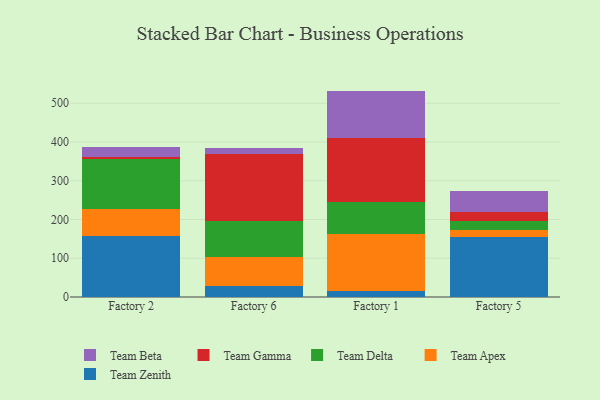
{"axis": {"x": "Factory", "y": "Tickets Resolved"}, "legend": ["Team Apex", "Team Beta", "Team Delta", "Team Gamma", "Team Zenith"], "data": [{"x": "Factory 2", "y": 156.6, "type": "Team Zenith"}, {"x": "Factory 2", "y": 70.8, "type": "Team Apex"}, {"x": "Factory 2", "y": 128.8, "type": "Team Delta"}, {"x": "Factory 2", "y": 5.1, "type": "Team Gamma"}, {"x": "Factory 2", "y": 25.9, "type": "Team Beta"}, {"x": "Factory 6", "y": 28.6, "type": "Team Zenith"}, {"x": "Factory 6", "y": 74.5, "type": "Team Apex"}, {"x": "Factory 6", "y": 92.3, "type": "Team Delta"}, {"x": "Factory 6", "y": 173.0, "type": "Team Gamma"}, {"x": "Factory 6", "y": 16.2, "type": "Team Beta"}, {"x": "Factory 1", "y": 15.0, "type": "Team Zenith"}, {"x": "Factory 1", "y": 147.3, "type": "Team Apex"}, {"x": "Factory 1", "y": 81.8, "type": "Team Delta"}, {"x": "Factory 1", "y": 165.0, "type": "Team Gamma"}, {"x": "Factory 1", "y": 122.9, "type": "Team Beta"}, {"x": "Factory 5", "y": 153.8, "type": "Team Zenith"}, {"x": "Factory 5", "y": 18.5, "type": "Team Apex"}, {"x": "Factory 5", "y": 24.0, "type": "Team Delta"}, {"x": "Factory 5", "y": 24.1, "type": "Team Gamma"}, {"x": "Factory 5", "y": 52.3, "type": "Team Beta"}]}